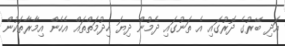
އަދި ބޭރުގެ ދޮރުގައި އެ ތަނުގައި ދެމުން ދިޔަ ހިދުމަތްތައް އެހެން އިމާރާތަކުން